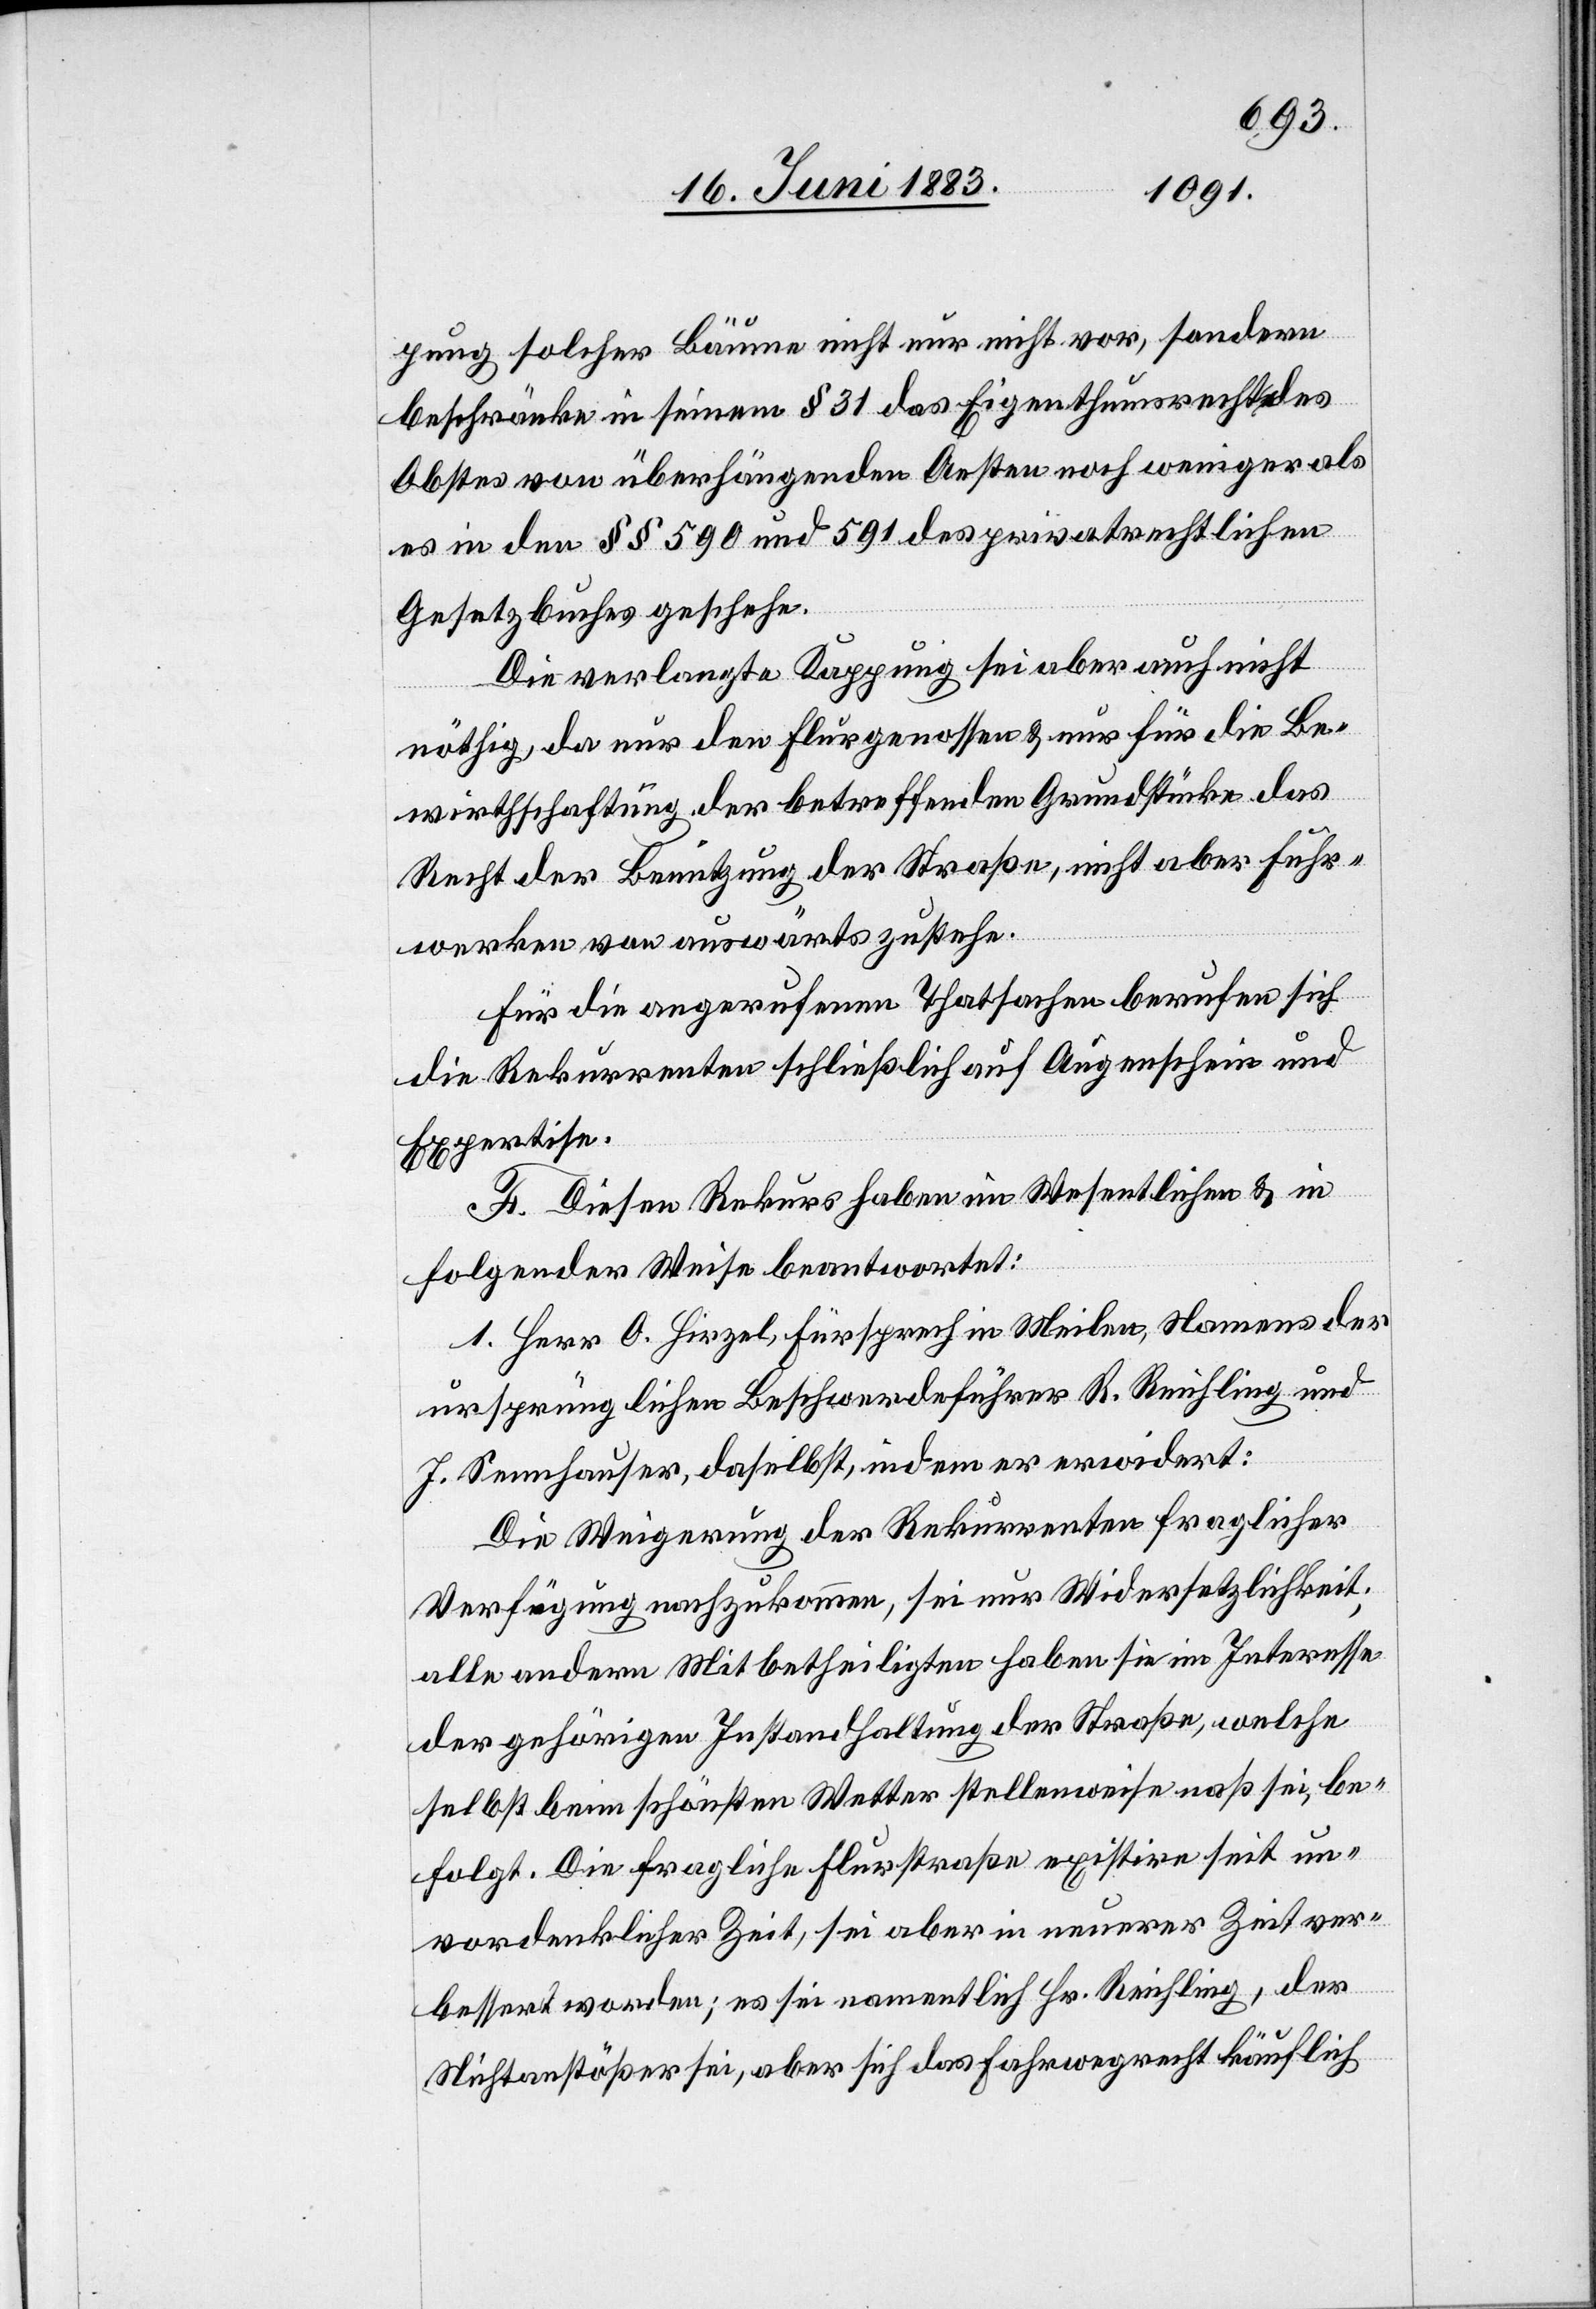
pung solcher Bäume nicht nur nicht vor, sondern
beschränke in seinem § 31 das Eigenthumsrecht des
Obstes vom überhängenden Aesten noch weniger al¬
s in den §§ 590 und 591 des privatrechtlichen
Gesetzbuches geschehe.
Die verlangte Kappung sei aber auch nicht
nöthig, da nur den Flurgenossen & nur für die Be¬
wirthschaftung der betreffenden Grundstücke das
Recht der Benützung der Straße, nicht aber Fuhr¬
werken von auswärts zustehe.
Für die angerufene Thatsachen berufen sich
die Rekurrenten schließlich auf Augenschein und
Expertise.
F. Diesen Rekurs haben im Wesentlichen & in
folgender Weise beantwortet:
1. Herr O. Hirzel, Fürsprech in Meilen, Namens der
ursprünglichen Beschwerdeführer R. Reichling und
J. Sennhauser, daselbst, indem er erwidert:
Die Weigerung des Rekurrenten fraglicher
Verfügung nachzukommen, sei nur Widersetzlichkeit;
alle andern Mitbetheiligten haben sie im Interesse
der gehörigen Instandhaltung der Straße, welche
selbst beim schönsten Wetter stellenweise naß sei, be¬
folgt. Die fragliche Flurstraße existire seit un¬
vordenklicher Zeit, sei aber in neuerer Zeit ver¬
bessert worden; es sei namentlich Hr. Reichling, der
Nichtanstößer sei, aber sich das Fahrwegrecht käuflich